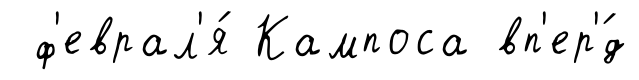
ф'еврал'я́ Кампоса вп'ер'́д